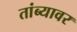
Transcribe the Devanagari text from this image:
तांब्यावर